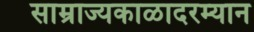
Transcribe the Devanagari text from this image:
साम्राज्यकाळादरम्यान